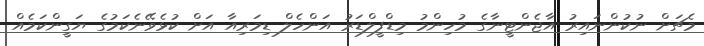
މެޗަށް ނުކުންނައިރު އާޖެންޓީނާގެ މުހިންމު މިޑްފީލްޑަރު އަންހެލް ޑިމަރިއާ އަށް ކުޅެވޭނެކަމުގެ ޔަގީންކަމެއް